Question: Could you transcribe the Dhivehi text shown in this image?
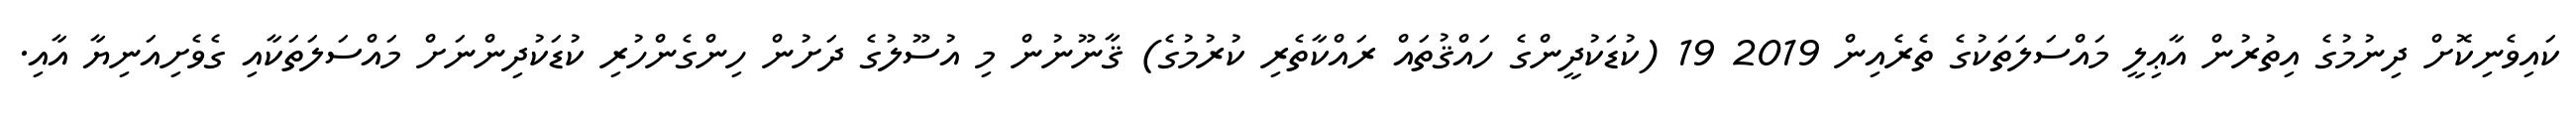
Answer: ކައިވެނިކޮށް ދިނުމުގެ އިތުރުން އާޢިލީ މައްސަލަތަކުގެ ތެރެއިން 2019 19 (ކުޑަކުދީންގެ ހައްޤުތައް ރައްކާތެރި ކުރުމުގެ) ޤާނޫނުން މި އުސޫލުގެ ދަށުން ހިންގެންހުރި ކުޑަކުދިންނަށް މައްސަލަތަކާއި ގެވެށިއަނިޔާ އާއި.